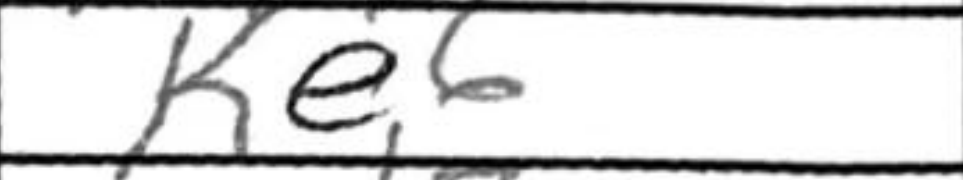
Transcription: Ke6